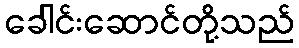
ခေါင်းဆောင်တို့သည်